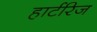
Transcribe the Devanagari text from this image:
हार्टरिज